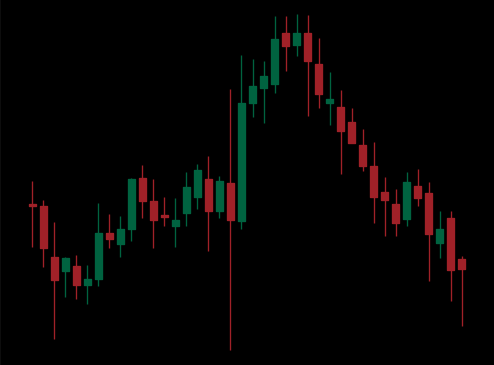
Pattern: unclassified